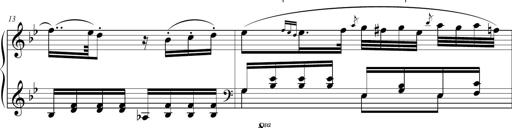
Title: 2 Sonatines faciles et brillantes pour le piano-forte seul
Composer: Carl Czerny